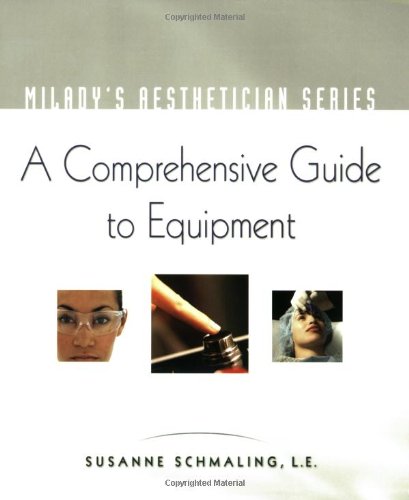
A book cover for Milady's Aesthetician Series: A Comprehensive Guide to Equipment; Susanne Schmaling; Health, Fitness & Dieting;